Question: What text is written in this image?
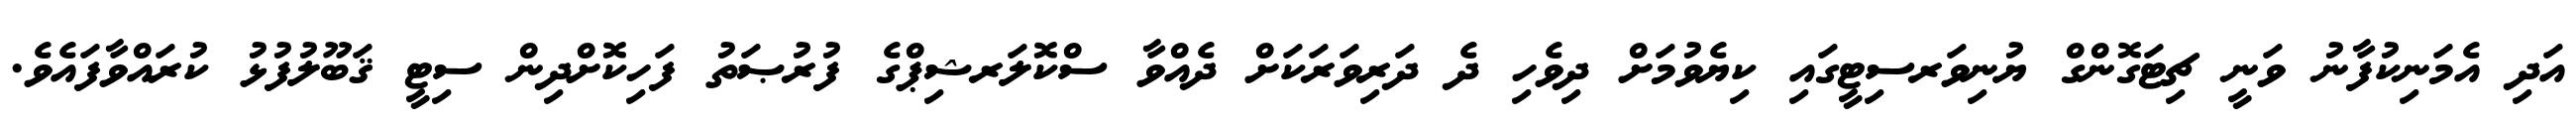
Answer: އަދި އެމަނިކުފާނު ވަނީ ޗިޓަގޮންގް ޔުނިވަރސިޓީގައި ކިޔެވުމަށް ދިވެހި ދެ ދަރިވަރަކަށް ދެއްވާ ސްކޮލަރޝިޕްގެ ފުރުޞަތު ފަހިކޮށްދިން ސިޓީ ޤަބޫލުފުޅު ކުރައްވާފައެވެ.